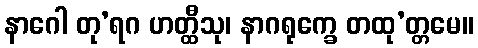
နာဂေါ တု’ရဂ ဟတ္ထီသု၊ နာဂရုက္ခေ တထု’တ္တမေ။